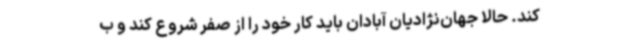
کند. حالا جهان‌نژادیان آبادان باید کار خود را از صفر شروع کند و ب